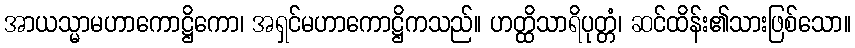
အာယသ္မာမဟာကောဋ္ဌိကော၊ အရှင်မဟာကောဋ္ဌိကသည်။ ဟတ္ထိသာရိပုတ္တံ၊ ဆင်ထိန်း၏သားဖြစ်သော။